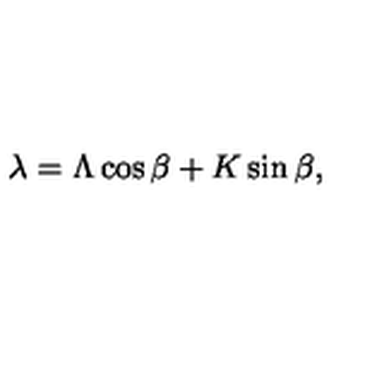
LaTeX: \lambda = \Lambda \cos { \beta } + K \sin { \beta } ,